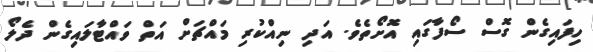
ހިފައިގެން ގޮސް ސޯފާގައި އޮށޯތެވެ. އަދި ނިއްކުރި މައްޗަށް އަތް ވައްޓާލައިގެން ދެލޯ